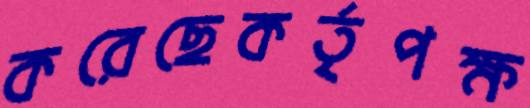
করেছেকর্তৃপক্ষ